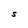
Character: S